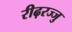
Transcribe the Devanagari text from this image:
रीढ़रज्जु